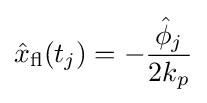
{\hat {x}}_{\mathrm {fl} }(t_{j})=-{\frac {{\hat {\phi }}_{j}}{2k_{p}}}